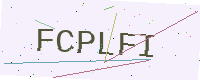
Text: FCPLFI